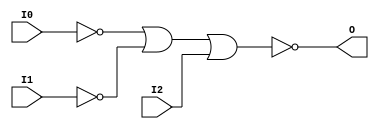

/*

FUNCTION	: 3-INPUT NOR GATE

*/

`timescale  100 ps / 10 ps

`celldefine

module NOR3B2 (O, I0, I1, I2);


    output O;

    input  I0, I1, I2;

    not N1 (i1_inv, I1);
    not N0 (i0_inv, I0);
    nor O1 (O, i0_inv, i1_inv, I2);

    specify
	(I0 *> O) = (0, 0);
	(I1 *> O) = (0, 0);
	(I2 *> O) = (0, 0);
    endspecify

endmodule

`endcelldefine